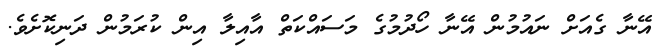
އޭނާ ގެއަށް ނައުމުން އޭނާ ހޯދުމުގެ މަސައްކަތް އާއިލާ އިން ކުރަމުން ދަނިކޮށެވެ.